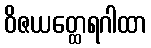
ဝိဇယတ္ထေရဂါထာ